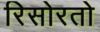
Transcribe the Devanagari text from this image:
रिसोरतो